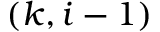
( k , i - 1 )